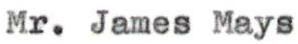
Mr. James Mays